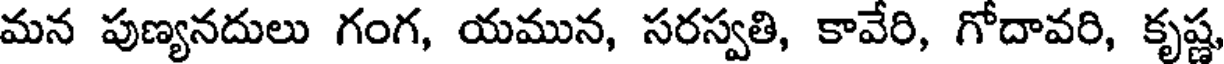
మన పుణ్యనదులు గంగ, యమున, సరస్వతి, కావేరి, గోదావరి, కృష్ణ